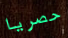
حصريا